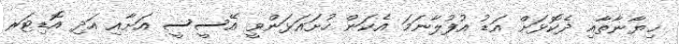
ޚިޔާނާތާއި ދެކޮޅަށް އަޑު އުފުލާނަމަ އެކަން ހުށައަޅަންވީ އޭސީސީ އަށާއި އަދި އޮޑިޓަރ